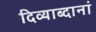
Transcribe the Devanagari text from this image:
दिव्याब्दानां